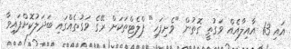
އައި 13 އާއިލާއެއް ވަގުތީ ގޮތުން "ވެށިފަހި" ފްލެޓްތަކަށް ރޭގެ ވަގުތެއްގައި ބަދަލުކޮށްފައިވާ